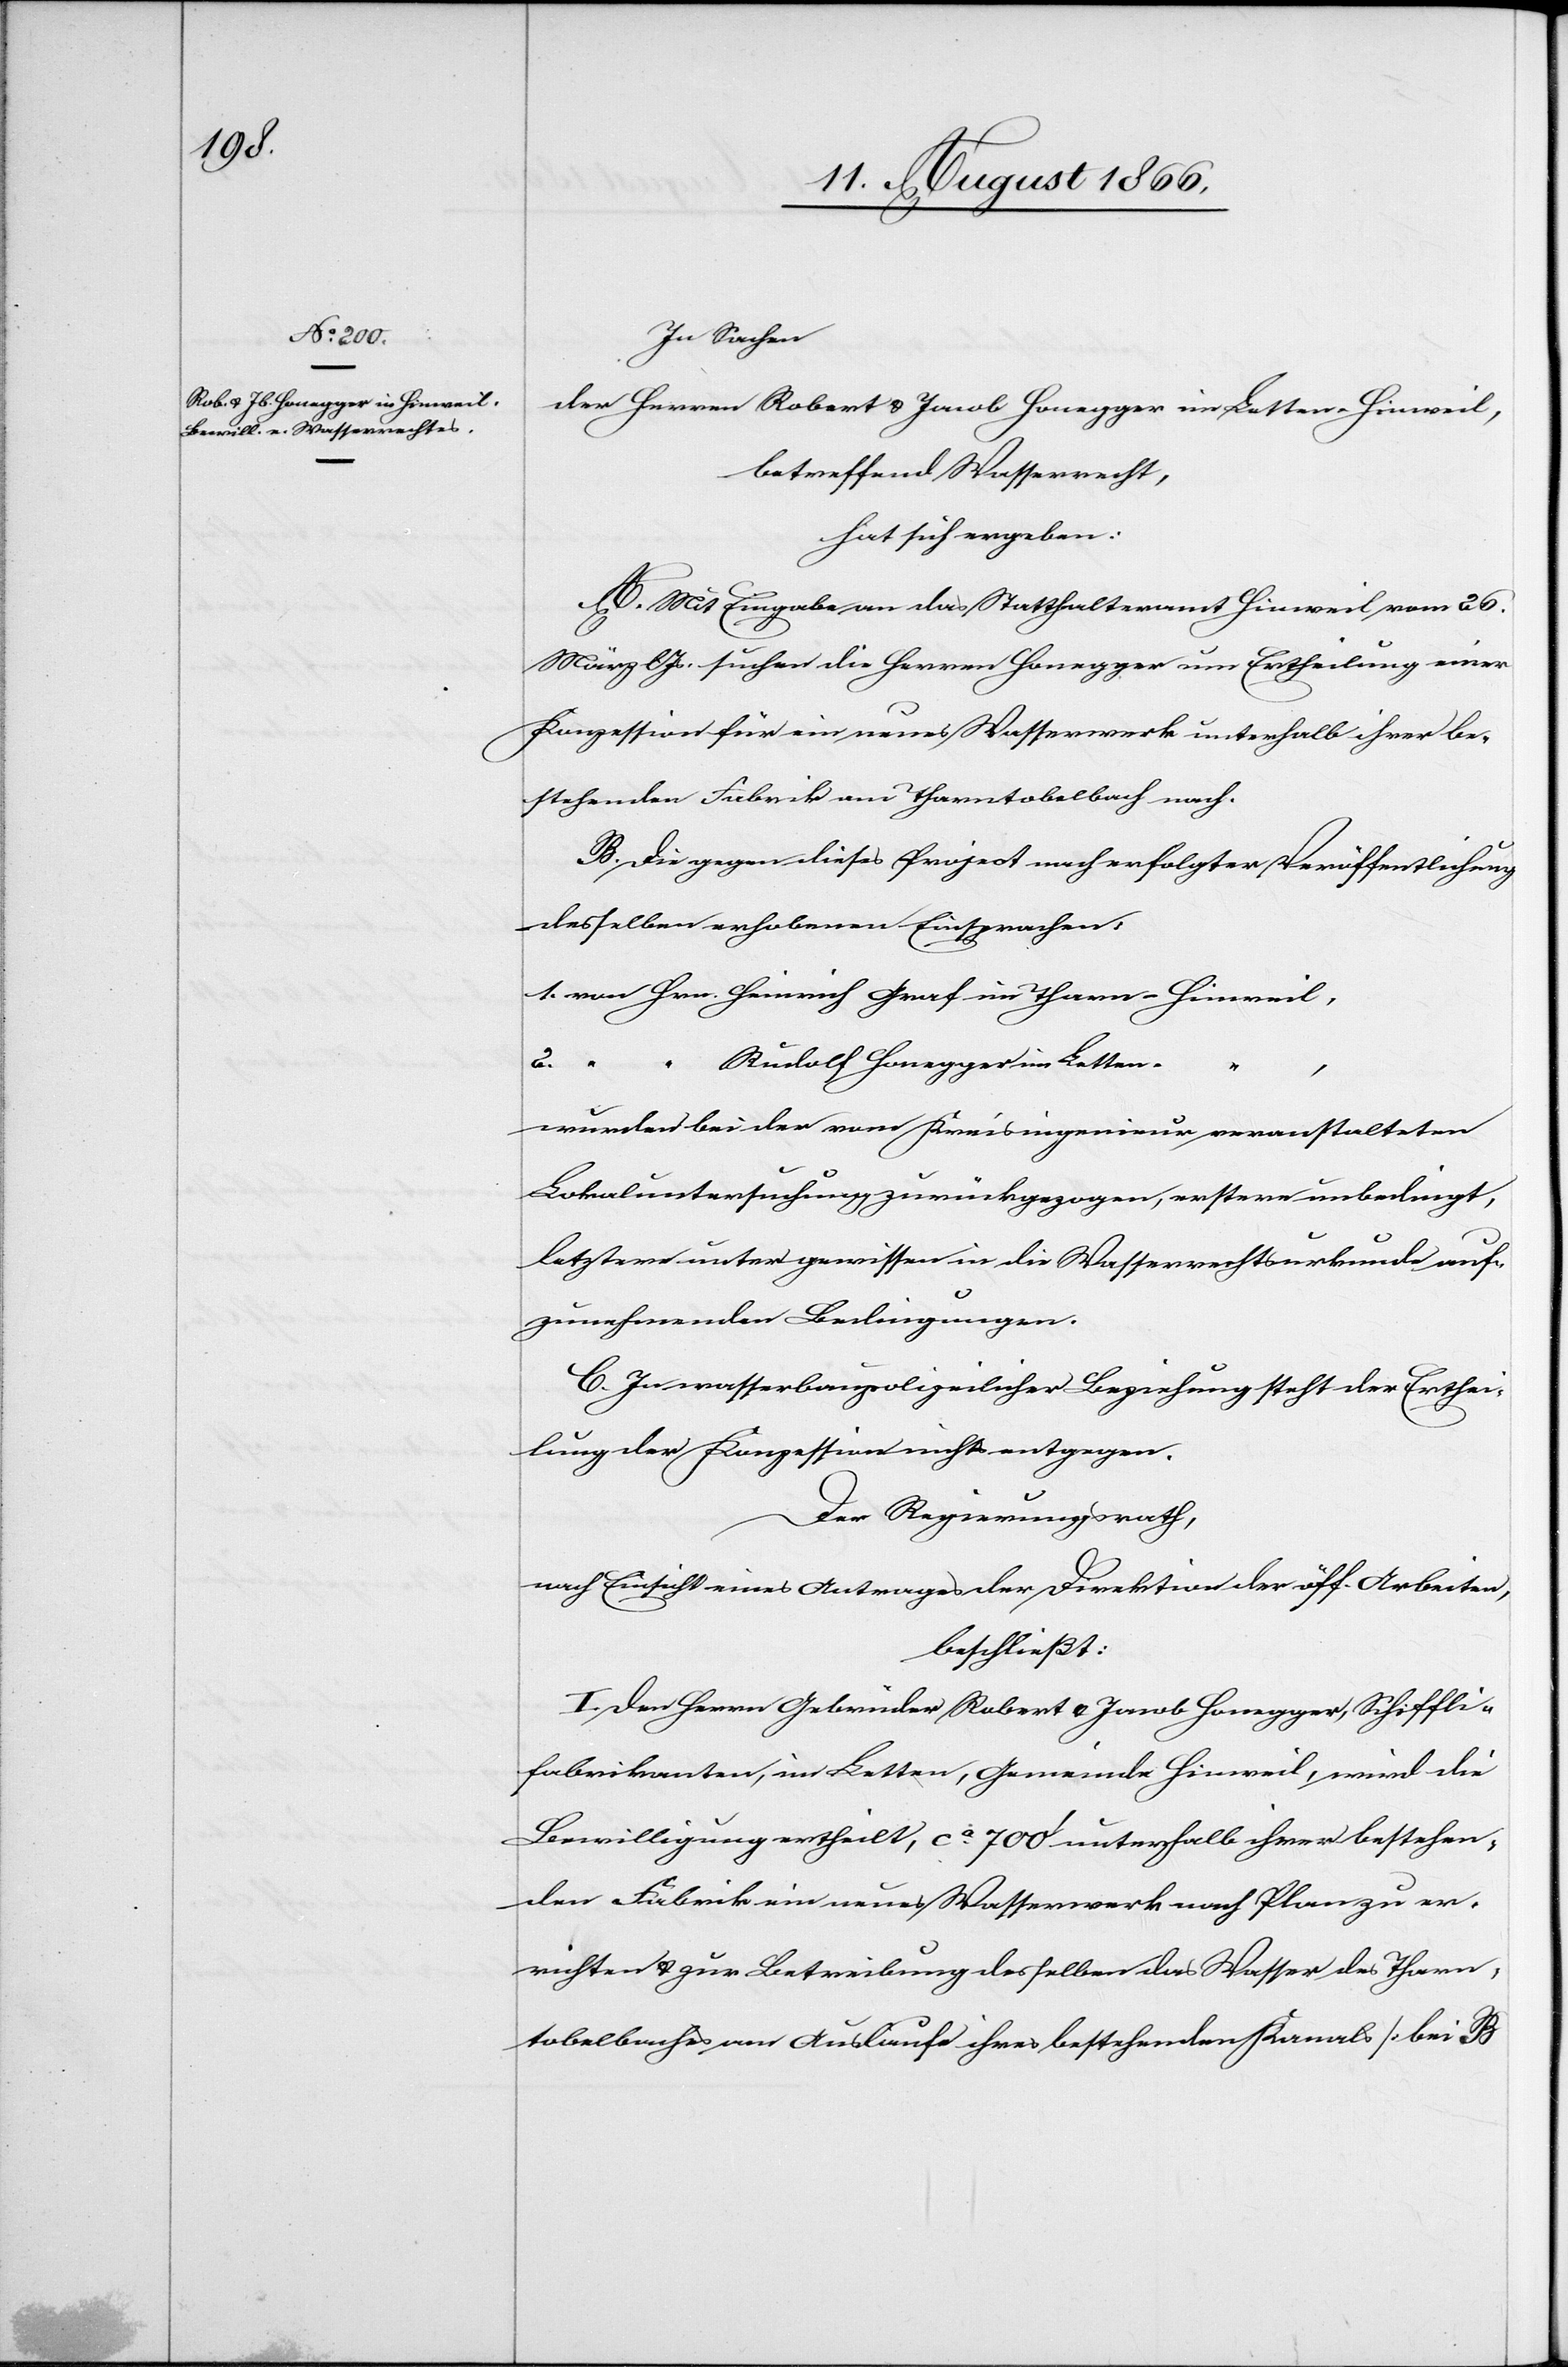
1.
arn-

In Sachen
der Herren Robert u. Jacob Honegger, in Letten-Hinweil,
betreffend Wasserrecht,
hat sich ergeben:
A. Mit Eingabe an das Statthalteramt Hinweil vom 26.
März lJs. suchen die Herren Honegger um Ertheilung einer
Konzession für ein neues Wasserwerk unterhalb ihrer be¬
stehenden Fabrik am Tharntobelbach nach.
B. Die gegen dieses Project nach erfolgter Veröffentlichung
desselben erhobenen Einsprachen:
Rudolf Honegger im Letten-
Hinweil,
“
wurden bei der vom Kreisingenieur veranstalteten
Lokaluntersuchung zurückgezogen, erstere unbedingt,
letztere unter gewissen in die Wasserrechtsurkunde auf¬
zunehmenden Bedingungen.
C. In wasserbaupolizeilicher Beziehung steht der Erthei¬
lung der Konzession nichts entgegen.
Der Regierungsrath,
nach Einsicht eines Antrages der Direktion der öff. Arbeiten,
beschließt:
I. Den Herren Gebrüder Robert u. Jacob Honegger, Schiffli¬
fabrikanten, im Letten, Gemeinde Hinweil, wird die
Bewilligung ertheilt, ca. 700‘ unterhalb ihrer bestehen¬
den Fabrik ein neues Wasserwerk nach Plan zu er¬
richten u. zur Betreibung desselben das Wasser des Tharn¬
tobelbaches am Auslaufe ihres bestehenden Kanals [bei B